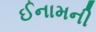
ઈનામની